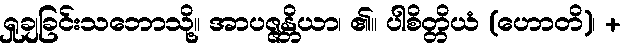
ရှုချခြင်းသဘောသို့။ အာပဇ္ဇန္တိယာ၊ ၏။ ပါစိတ္တိယံ (ဟောတိ)၊ +